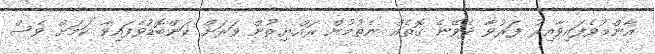
އާންމުވެފައިވާއިރު ފަރުވާ ދެވޭނެ ގޮތެއް ނެތުމުން ރައްޔިތުން ވަރަށް ކަންބޮޑުވެފައިވާ ކަމަށް ވެސް